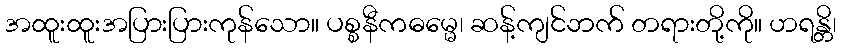
အထူးထူးအပြားပြားကုန်သော။ ပစ္စနီကဓမ္မေ၊ ဆန့်ကျင်ဘက် တရားတို့ကို။ ဟရန္တိ၊